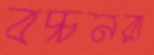
বচ্চনরা